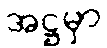
အဋ္ဌမှာ